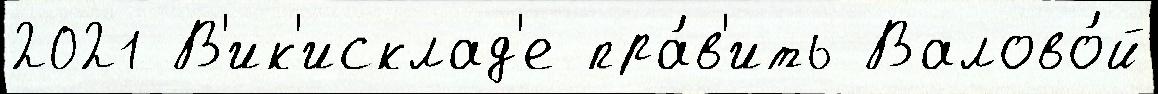
2021 В'ик'исклад'е пра́в'ить Валово́й